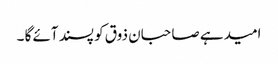
امید ہے صاحبان ذوق کو پسند آئے گا ۔